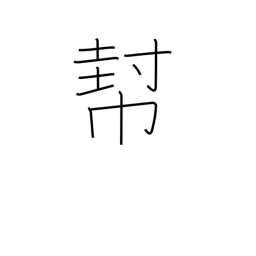
Meaning: help